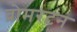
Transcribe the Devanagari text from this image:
व्रोमरटन